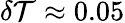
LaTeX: \delta\mathcal{T}\approx0.05